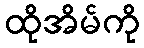
ထိုအိမ်ကို